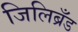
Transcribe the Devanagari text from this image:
जिलिब्रँड